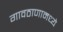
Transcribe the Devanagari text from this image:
गावठाणामध्ये